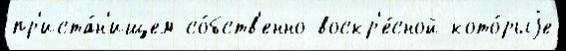
пр'иста́н'ищем со́бств'енно воскр'е́сной кото́рыjе